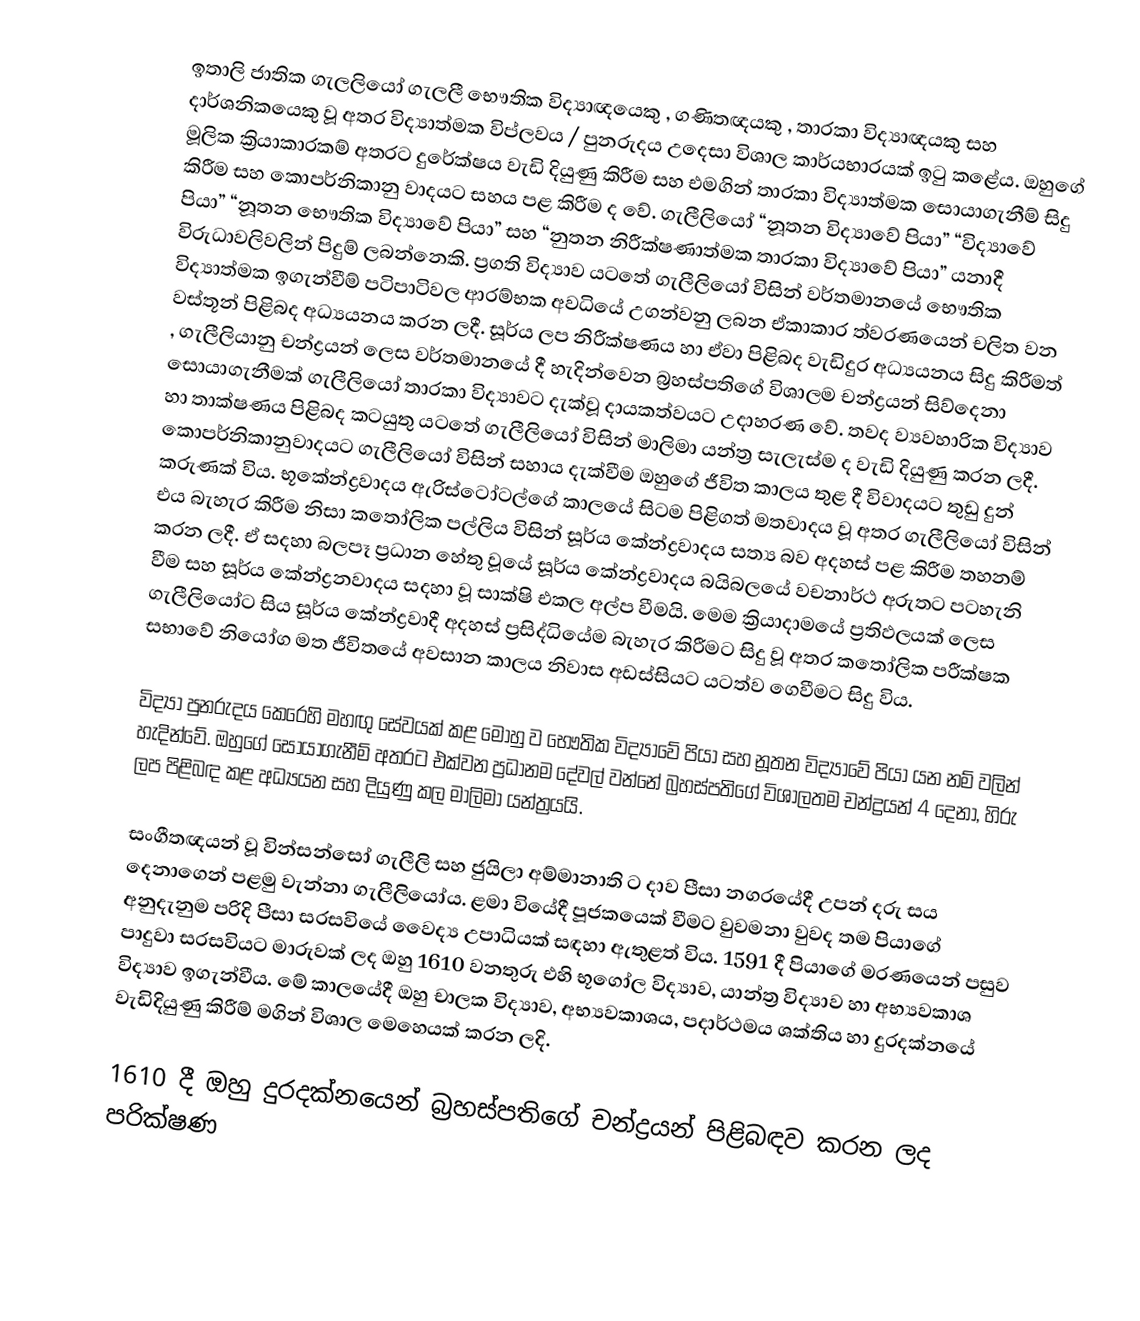
ඉතාලි ජාතික ගැලලියෝ ගැලලී භෞතික විද්‍යාඥයෙකු , ගණිතඥයකු , තාරකා විද්‍යාඥයකු සහ දාර්ශනිකයෙකු වූ අතර විද්‍යාත්මක විප්ලවය / පුනරුදය උදෙසා විශාල කාර්යභාරයක් ඉටු කළේය. ඔහුගේ මූලික ක්‍රියාකාරකම් අතරට දුරේක්ෂය වැඩි දියුණු කිරීම සහ එමගින් තාරකා විද්‍යාත්මක සොයාගැනීම් සිදු කිරීම සහ කොපර්නිකානු වාදයට සහය පළ කිරීම ද වේ. ගැලීලියෝ “නූතන විද්‍යාවේ පියා” “විද්‍යාවේ පියා” “නූතන භෞතික විද්‍යාවේ පියා” සහ “නුතන නිරීක්ෂණාත්මක තාරකා විද්‍යාවේ පියා” යනාදී විරුධාවලිවලින් පිදුම් ලබන්නෙකි. ප්‍රගති විද්‍යාව යටතේ ගැලීලියෝ විසින් වර්තමානයේ භෞතික විද්‍යාත්මක ඉගැන්වීම් පටිපාටිවල ආරම්භක අවධියේ උගන්වනු ලබන ඒකාකාර ත්වරණයෙන් චලිත වන වස්තූන් පිළිබද අධ්‍යයනය කරන ලදී. සූර්ය ලප නිරීක්ෂණය හා ඒවා පිළිබද වැඩිදුර අධ්‍යයනය සිදු කිරීමත් , ගැලීලියානු චන්ද්‍රයන් ලෙස වර්තමානයේ දී හැදින්වෙන බ්‍රහස්පතිගේ විශාලම චන්ද්‍රයන් සිව්දෙනා සොයාගැනීමක් ගැලීලියෝ තාරකා විද්‍යාවට දැක්වූ දායකත්වයට උදාහරණ වේ. තවද ව්‍යවහාරික විද්‍යාව හා තාක්ෂණය පිළිබද කටයුතු ය‍ටතේ ගැලීලියෝ විසින් මාලිමා යන්ත්‍ර සැලැස්ම ද වැඩි දියුණු කරන ලදී. කොපර්නිකානුවාදයට ගැලීලියෝ විසින් සහාය දැක්වීම ඔහුගේ ජීවිත කාලය තුළ දී විවාදයට තුඩු දුන් කරුණක් විය. භූකේන්ද්‍රවාදය ඇරිස්ටෝටල්ගේ කාලයේ සිටම පිළිගත් මතවාදය වූ අතර ගැලීලියෝ විසින් එය බැහැර කිරීම නිසා කතෝලික පල්ලිය විසින් සූර්ය කේන්ද්‍රවාදය සත්‍ය බව අදහස් පළ කිරීම තහනම් කරන ලදී. ඒ සදහා බලපෑ ප්‍රධාන හේතු වූයේ සූර්ය කේන්ද්‍රවාදය බයිබලයේ වචනාර්ථ අරුතට පටහැනි වීම සහ සූර්ය කේන්ද්‍රනවාදය සදහා වූ සාක්ෂි එකල අල්ප වීමයි. මෙම ක්‍රියාදාමයේ ප්‍රතිඵලයක් ලෙස ගැලීලියෝට සිය සූර්ය කේන්ද්‍රවාදී අදහස් ප්‍රසිද්ධියේම බැහැර කිරීමට සිදු වූ අතර කතෝලික පරීක්ෂක සභාවේ නියෝග මත ජීවිතයේ අවසාන කාලය නිවාස අඩස්සියට යටත්ව ගෙවීමට සිදු විය.

විද්‍යා පුනරුදය කෙරෙහි මහඟු සේවයක් කළ මොහු ව භෞතික විද්‍යාවේ පියා සහ නූතන විද්‍යාවේ පියා  යන නම් වලින් හැදින්වේ.  ඔහුගේ සොයාගැනීම් අතරට එක්වන ප්‍රධානම දේවල් වන්නේ බ්‍රහස්පතිගේ විශාලතම චන්ද්‍රයන් 4 දෙනා, හිරු ලප පිළිබඳ කළ අධ්‍යයන සහ දියුණු කල මාලිමා යන්ත්‍රයයි.

සංගීතඥයන් වූ වින්සන්සෝ ගැලීලි සහ ජුයිලා අම්මානාති ට දාව පීසා නගරයේදී උපන් දරු සය දෙනාගෙන් පළමු වැන්නා ගැලීලියෝය. ළමා වියේදී පූජකයෙක් වීමට වුවමනා වුවද තම පියාගේ අනුදැනුම පරිදි පීසා සරසවියේ වෛද්‍ය උපාධියක් සඳහා ඇතුළත් විය. 1591 දී පියාගේ මරණයෙන් පසුව පාදුවා සරසවියට මාරුවක් ලද ඔහු 1610 වනතුරු එහි භූගෝල විද්‍යාව, යාන්ත්‍ර විද්‍යාව හා අභ්‍යවකාශ විද්‍යාව ඉගැන්වීය. මේ කාලයේදී ඔහු චාලක විද්‍යාව, අභ්‍යවකාශය, පදාර්ථමය ශක්තිය හා දුරදක්නයේ වැඩිදියුණු කිරීම් මගින් විශාල මෙහෙයක් කරන ලදි.

1610 දී ඔහු දුරදක්නයෙන් බ්‍රහස්පතිගේ චන්ද්‍රයන් පිළිබඳව කරන ලද පරික්ෂණ